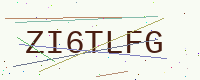
Text: ZI6TLFG